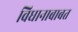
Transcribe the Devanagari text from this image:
विधानाबाबत